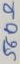
Text: 560Ω